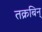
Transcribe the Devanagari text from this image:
तक्रबिन्